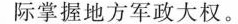
际掌握地方军政大权。